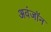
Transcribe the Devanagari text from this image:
अवंजॉन